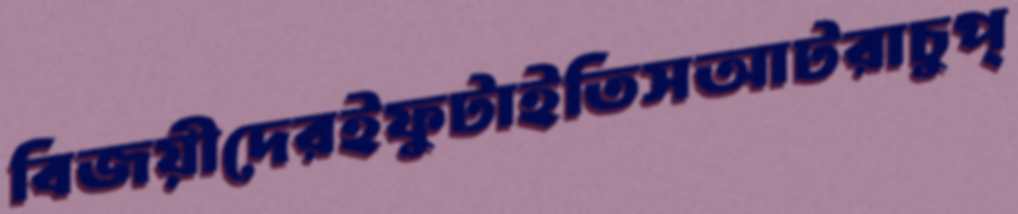
বিজয়ীদেরইফুটাইতিসআটরাচুপ্